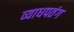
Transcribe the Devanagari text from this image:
व्याधपतंग